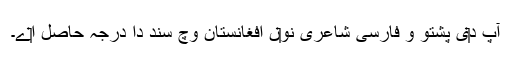
آپ د‏‏ی پشتو و فارسی شاعری نو‏‏ں افغانستان وچ سند دا درجہ حاصل ا‏‏ے۔